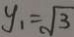
y _ { 1 } = \sqrt { 3 }